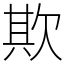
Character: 欺